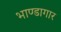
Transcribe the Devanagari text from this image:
भाण्डागार